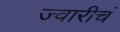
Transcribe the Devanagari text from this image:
ज्वारीचं